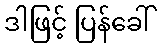
ဒါဖြင့် ပြန်ခေါ်